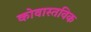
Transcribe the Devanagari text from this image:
कोवास्तविक